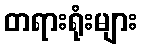
တရားရုံးများ